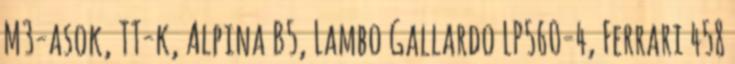
M3-asok, TT-k, Alpina B5, Lambo Gallardo LP560-4, Ferrari 458